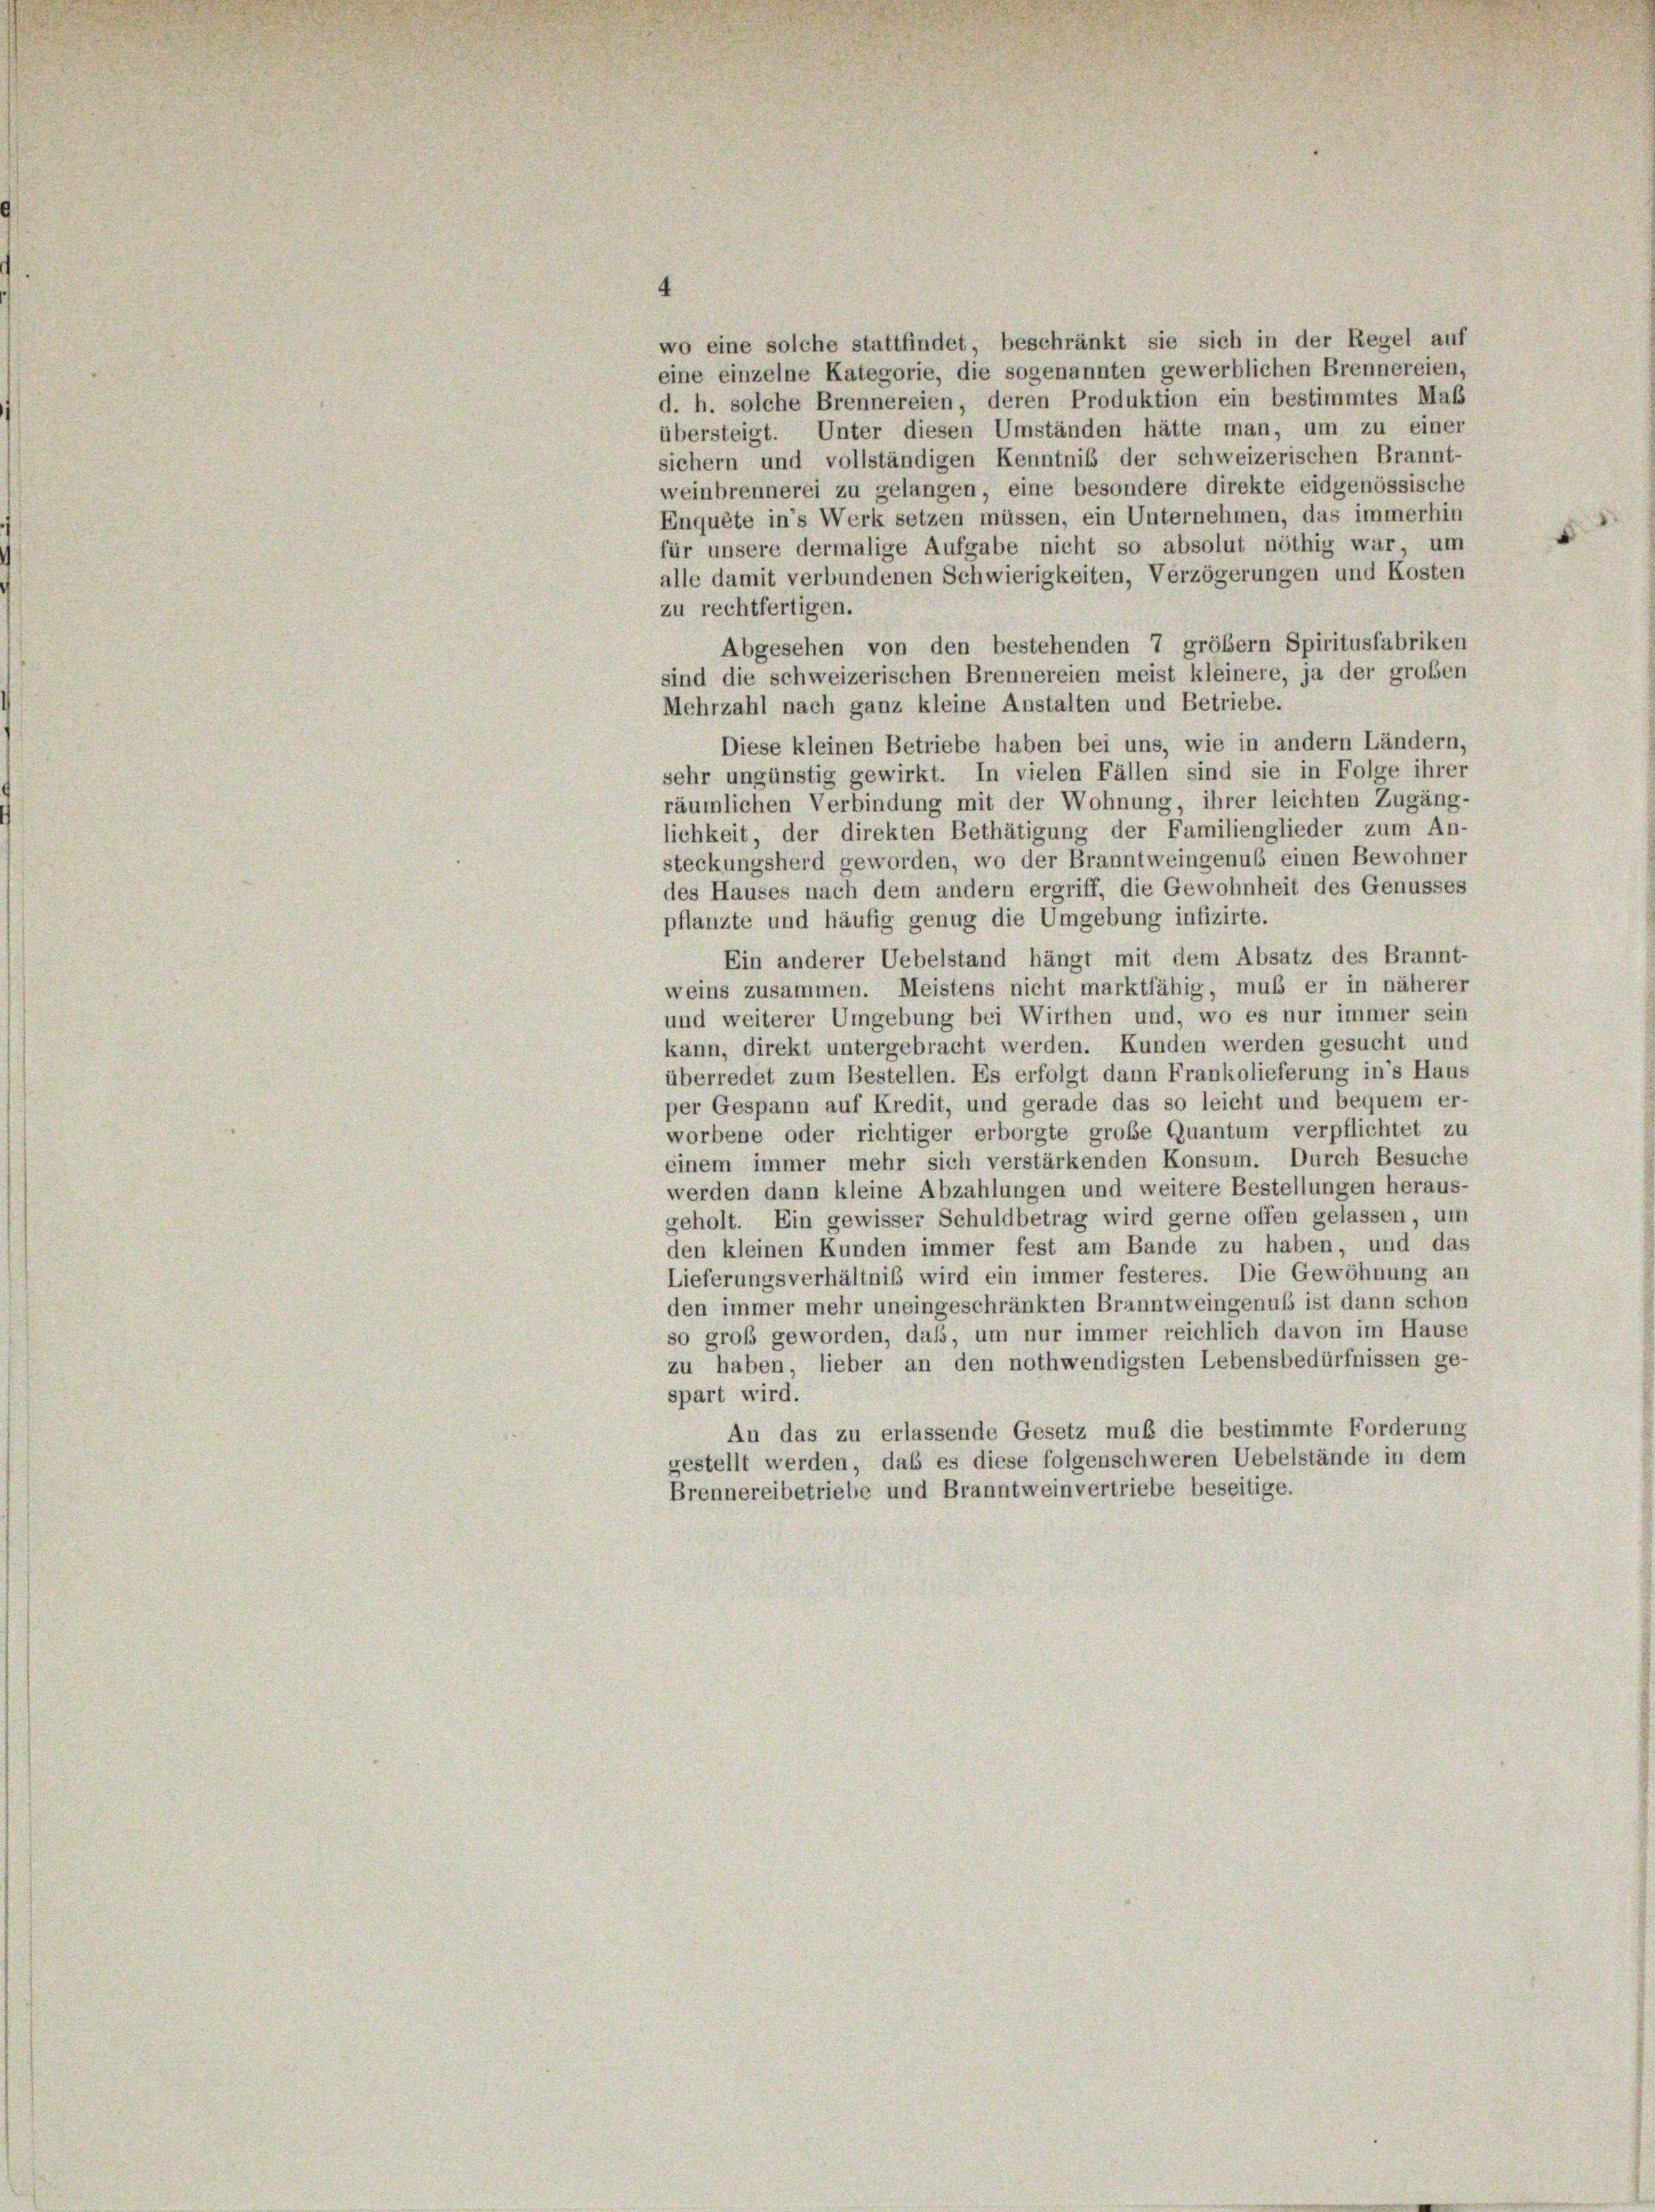
wo eine solche stattfindet, beschränkt sie sich in der Regel auf
eine einzelne Kategorie, die sogenannten gewerblichen Brennereien,
d. h. solche Brennereien, deren Produktion ein bestimmtes Maß
übersteigt. Unter diesen Umständen hätte man, um zu einer
sichern und vollständigen Kenntnis der schweizerischen Brannt-
weinbrennerei zu gelangen, eine besondere direkte eidgenössische
Enquête in’s Werk setzen müssen, ein Unternehmen, das immerhin
für unsere dermalige Aufgabe nicht so absolut nöthig war, um
alle damit verbundenen Schwierigkeiten, Verzögerungen und Kosten
zu rechtfertigen.
Abgesehen von den bestehenden 7 größem Spiritusfabriken
sind die schweizerischen Brennereien meist kleinere, ja der großen
Mehrzahl nach ganz kleine Anstalten und Betriebe.
Diese kleinen Betriebe haben bei uns, wie in andern Ländern,
sehr ungünstig gewirkt. In vielen Fällen sind sie in Folge ihrer
räumlichen Verbindung mit der Wohnung, ihrer leichten Zugäng-
lichkeit, der direkten Bethätigung der Familienglieder zum An-
steckungsherd geworden, wo der Branntweingenus einen Bewohner
des Hauses nach dem andern ergriff, die Gewohnheit des Genusses
pflanzte und häufig genug die Umgebung infizirte.
Ein anderer Uebelstand hängt mit dem Absatz des Brannt-
weins zusammen. Meistens nicht marktfähig, muß er in näherer
und weiterer Umgebung bei Wirthen und, wo es nur immer sein
kann, direkt untergebracht werden. Kunden werden gesucht und
überredet zum Bestellen. Es erfolgt dann Frankolieferung in’s Haus
per Gespann auf Kredit, und gerade das so leicht und bequem er-
worbene oder richtiger erborgte große Quantum verpflichtet zu
einem immer mehr sich verstärkenden Konsum. Durch Besuche
werden dann kleine Abzahlungen und weitere Bestellungen heraus-
geholt. Ein gewisser Schuldbetrag wird gerne offen gelassen, um
den kleinen Kunden immer fest am Bande zu haben, und das
Lieferungsverhältniß wird ein immer festeres. Die Gewöhnung an
den immer mehr uneingeschränkten Branntweingenus ist dann schon
so groß geworden, daß, um nur immer reichlich davon im Hause
zu haben, lieber an den nothwendigsten Lebensbedürfnissen ge-
spart wird.
An das zu erlassende Gesetz muß die bestimmte Forderung
gestellt werden, daß es diese folgenschweren Uebelstände in dem
Brennereibetriebe und Branntweinvertriebe beseitige.

4